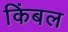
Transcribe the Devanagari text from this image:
किंबल